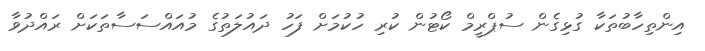
އިންތިހާބުތަކާ ގުޅިގެން ސުޕްރީމް ކޯޓުން ކުރި ހުކުމަށް ފަހު ދައުލަތުގެ މުއައްސަސާތަކަށް ރައްދުވާ